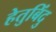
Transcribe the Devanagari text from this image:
हेतुबिंदु